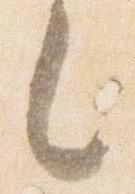
之